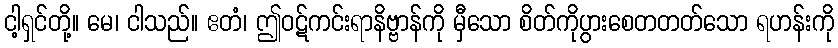
ငါ့ရှင်တို့။ မေ၊ ငါသည်။ ဧတံ၊ ဤဝဋ်ကင်းရာနိဗ္ဗာန်ကို မှီသော စိတ်ကိုပွားစေတတတ်သော ရဟန်းကို